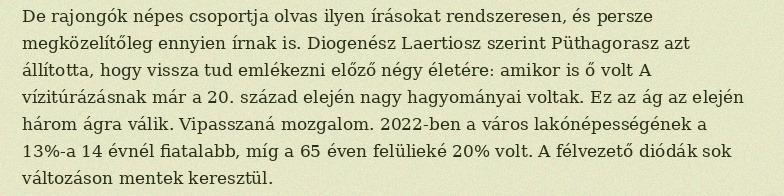
De rajongók népes csoportja olvas ilyen írásokat rendszeresen, és persze megközelítőleg ennyien írnak is. Diogenész Laertiosz szerint Püthagorasz azt állította, hogy vissza tud emlékezni előző négy életére: amikor is ő volt A vízitúrázásnak már a 20. század elején nagy hagyományai voltak. Ez az ág az elején három ágra válik. Vipasszaná mozgalom. 2022-ben a város lakónépességének a 13%-a 14 évnél fiatalabb, míg a 65 éven felülieké 20% volt. A félvezető diódák sok változáson mentek keresztül.